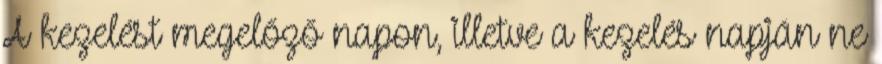
A kezelést megelőző napon, illetve a kezelés napján ne